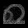
Digit: ၈